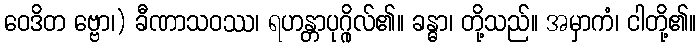
ဝေဒိတ ဗ္ဗော၊) ခီဏာသဝဿ၊ ရဟန္တာပုဂ္ဂိုလ်၏။ ခန္ဓာ၊ တို့သည်။ အမှာကံ၊ ငါတို့၏။